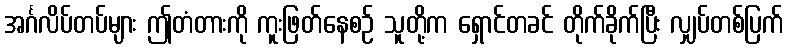
အင်္ဂလိပ်တပ်များ ဤတံတားကို ကူးဖြတ်နေစဉ် သူတို့က ရှောင်တခင် တိုက်ခိုက်ပြီး လျှပ်တစ်ပြက်